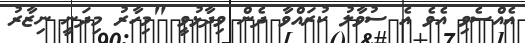
އެއްސެވި އެވެ އެ ސުވާލު ކުރައްވާ ދެން ވިދާޅުވީ "މިހާރު މިދަނީ ނިޒާރު